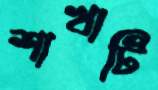
শাখাটি